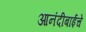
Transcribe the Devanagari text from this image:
आनंदीबाईचे